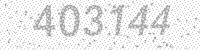
Solution: 403144